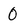
Character: O